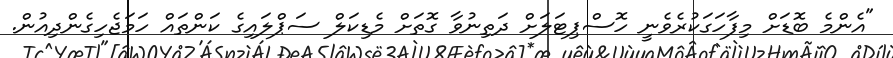
"އެންމެ ބޮޑަށް މިފާހަގަކުރެވެނީ ހޮސްޕިޓަލަށް ދަތިނުވާ ގޮތަށް މެޑިކަލް ސަޕްލައިގެ ކަންތައް ހަމަޖެހިގެންދިއުން.